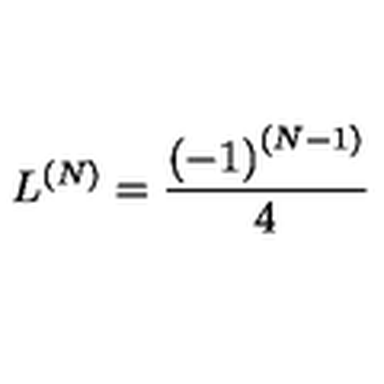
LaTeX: L ^ { \left( N \right) } = \frac { \left( - 1 \right) ^ { \left( N - 1 \right) } } { 4 }